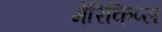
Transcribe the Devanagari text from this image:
मेरिकिप्स